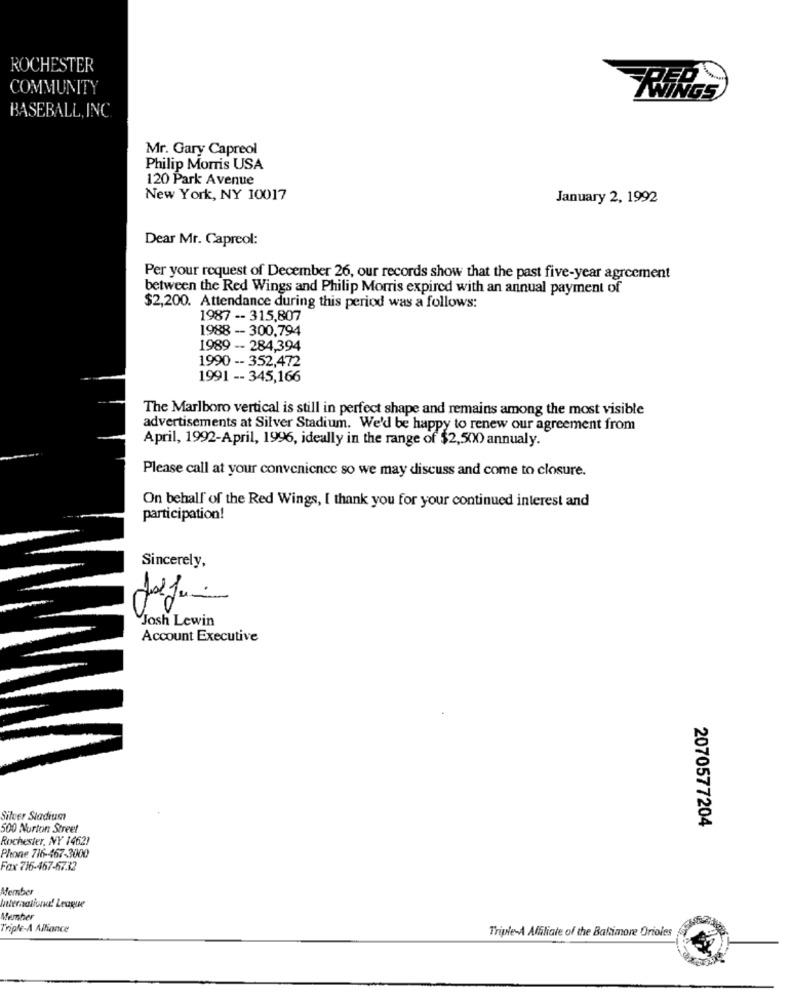
ROCHESTER
COMMUNITY
BASEBALL, INC.
Mr. Gary Capreol
Philip Morris USA
120 Park Avenue
New York, NY 10017
January 2, 1992
Dear Mr. Capreol:
Per your request of December 26, our records show that the past five-year agreement
between the Red Wings and Philip Morris expired with an annual payment of
$2,200. Attendance during this period was a follows:
1987 -- 315,807
1988 - 300.794
1989 -- 284,394
1990 -- 352,472
1991 -- 345,166
The Marlboro vertical is still in perfect shape and remains among the most visible
advertisements at Silver Stadium. We'd be happy to renew our agreement from
April, 1992-April, 1996, ideally in the range of $2,500) annualy.
Please call at your convenience so we may discuss and come to closure.
On behalf of the Red Wings, I thank you for your continued interest and
participation!
Sincerely,
0
Josh Lewin
Account Executive
Silver Stadium
500 Norton Street
2070577204
Rochester, NY 14621
Phone 716-467-3000
Fax 716-467-67.32
Member
Member
Triple-A Alliance
Triple-A Affiliate of the Baltimore Orioles